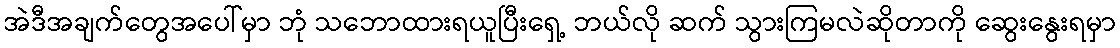
အဲဒီအချက်တွေအပေါ်မှာ ဘုံ သဘောထားရယူပြီးရှေ့ ဘယ်လို ဆက် သွားကြမလဲဆိုတာကို ဆွေးနွေးရမှာ